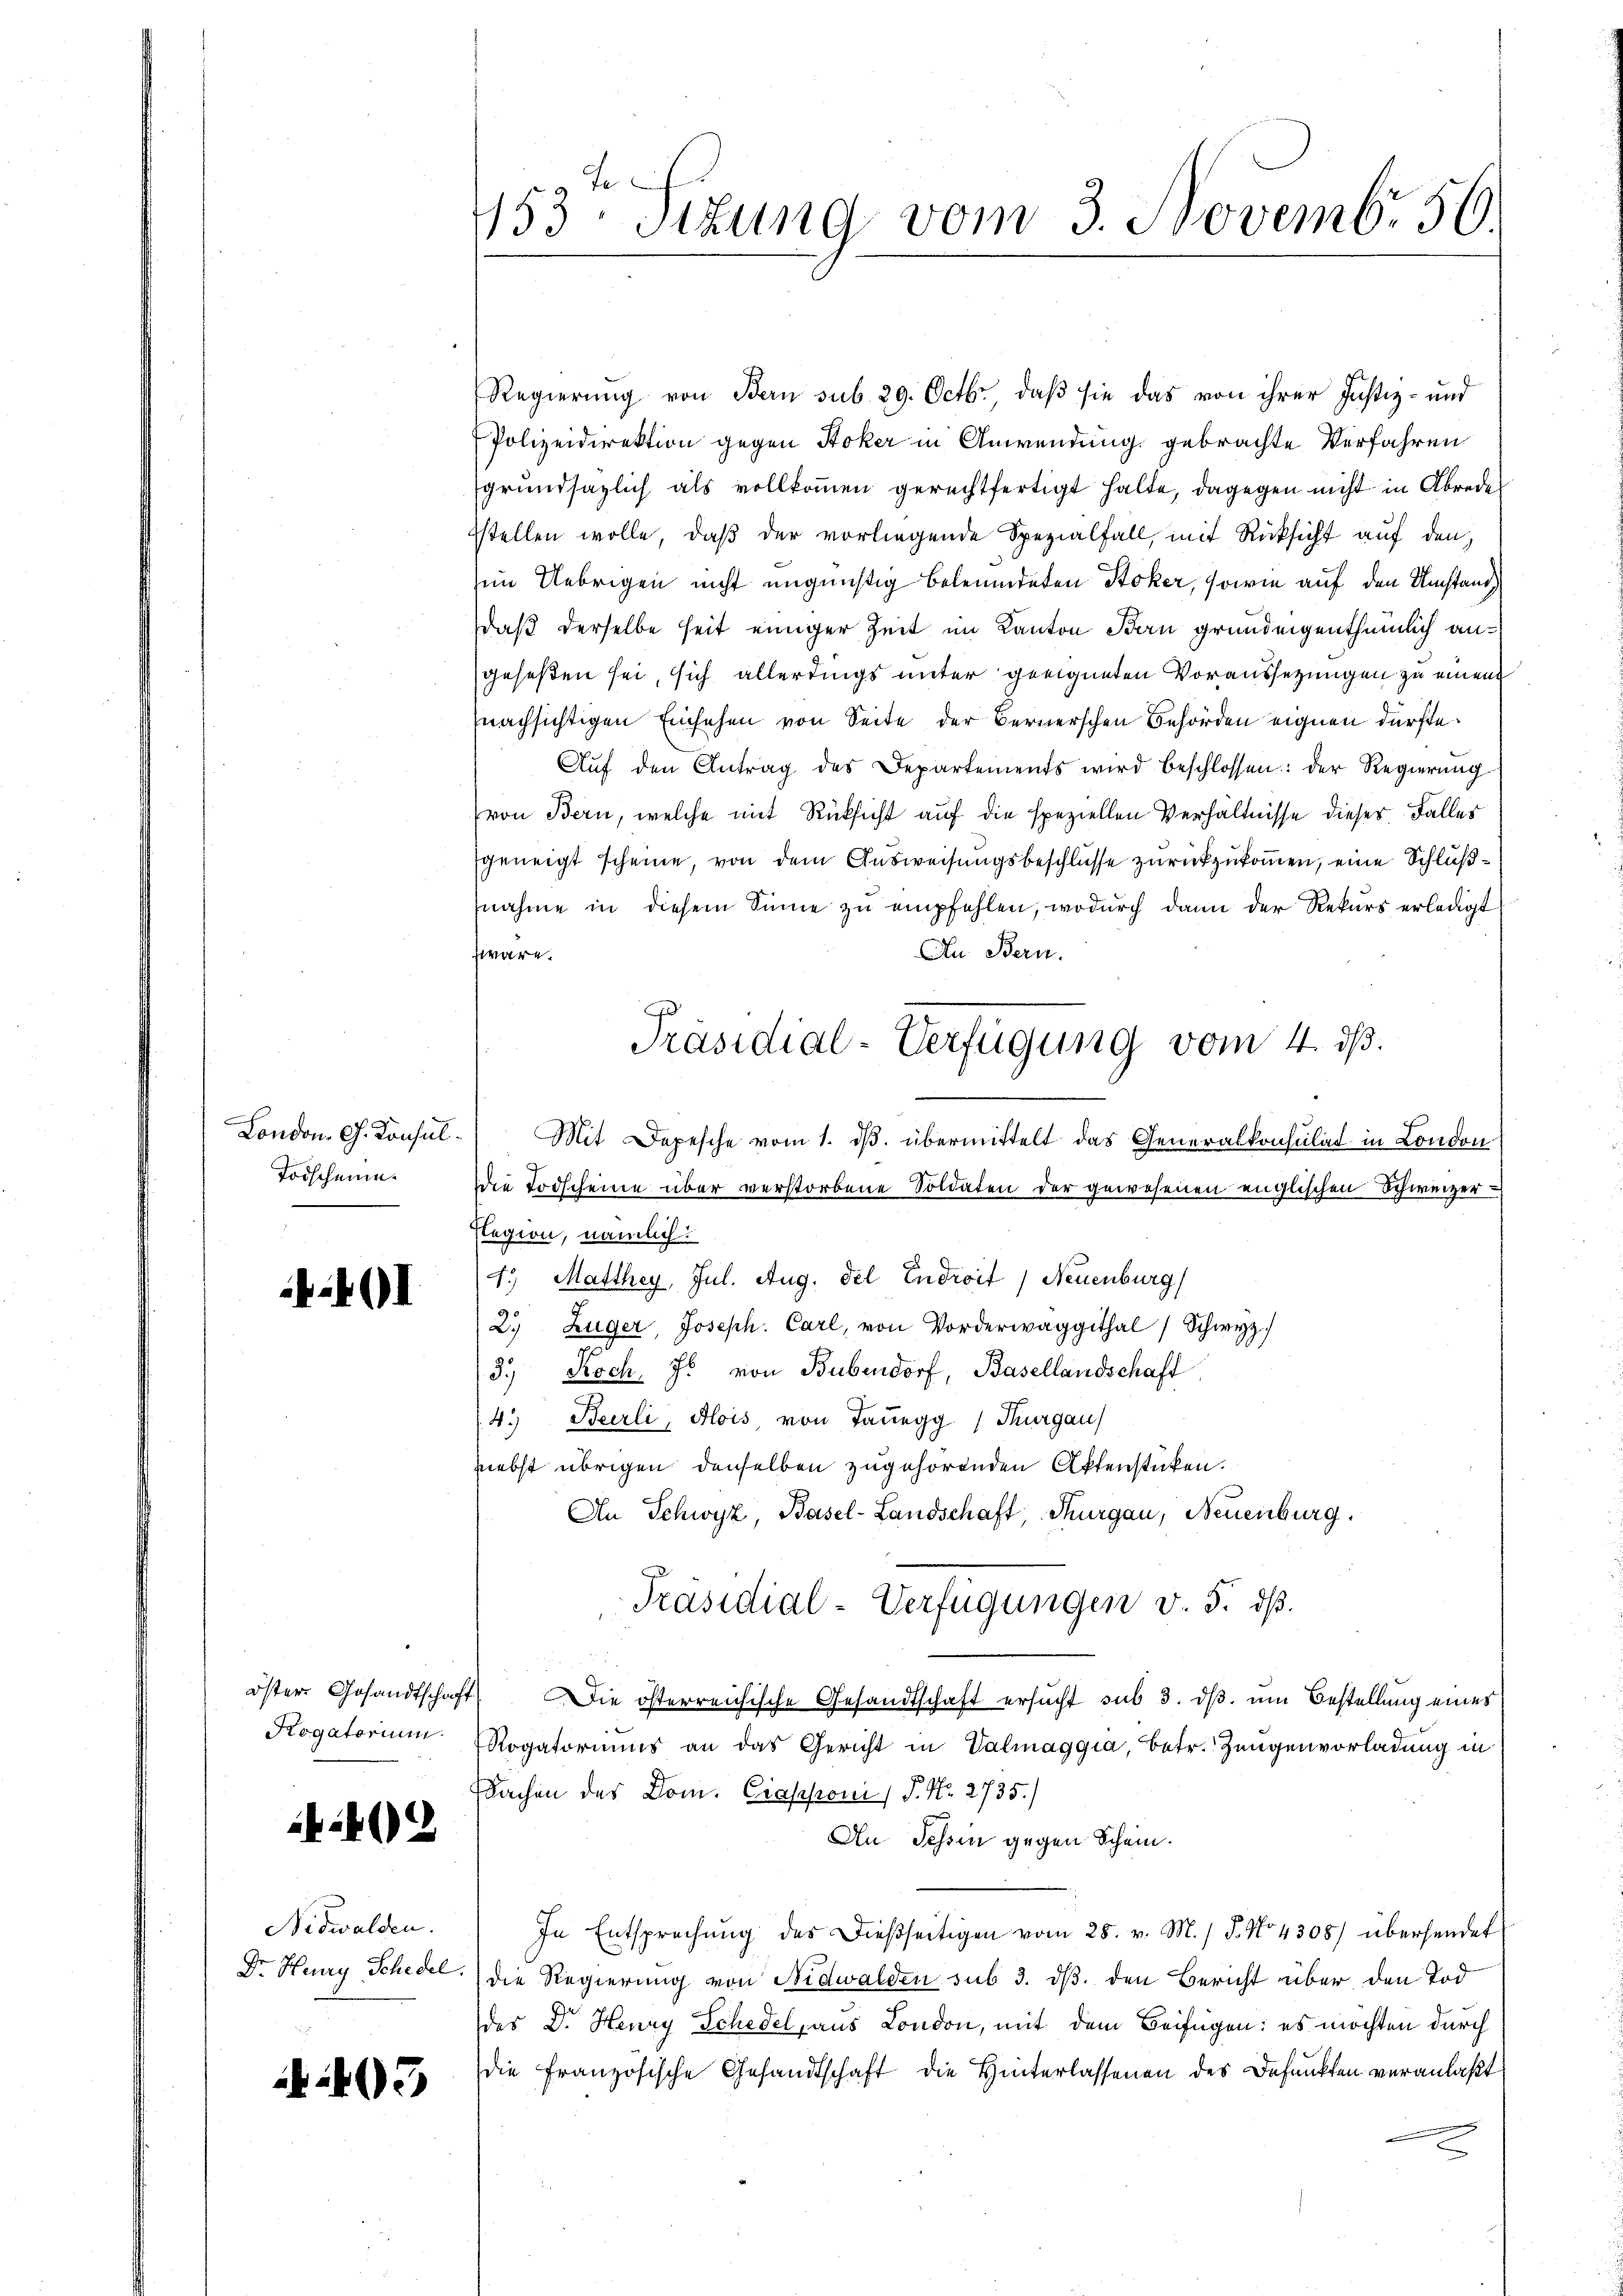
London. Ch. Konsul
Todschein¬

I

Rogatorium

2

Nidwalden.

05

153ten Sizung vom 3. Novemb. 56.

Regierung von Bern sub. 29. Octbr., daß sie das von ihrer Justiz- und
Polizeidirektion gegen Stoker in Anwendung gebrachte Verfahren
grundsazlich als vollkommen gerechtfertigt halte, dagegen nicht in Abrede
sstellen wolle, daβ der vorliegende Spezialfall, mit Rücksicht auf den
im Uebrigen nicht ungünstig beleumdeten Stoker, sowie auf den Umstand
daß derselbe heit einiger Zeit im Kanton Bau grundeigenthümlich angeseßen sei, sich allerdings unter geeigneten Voraussetzungen zu einen
nachsichtigen Einsehen von Seite der Bernerschen Behörden eignen dürfte.
Aŭf den Antrag des Departements wird beschlossen: der Regierŭng
(von Bern, welche mit Rücksicht auf die speziellen Verhältnisse dieser Falles
geneigt scheine, von dem Ausweisungsbeschlüsse zurückzukommen, eine Schlußnahme in diesem Sinne zu empfehlen, wodurch dann der Rekurs erledigt
wäre.
An Bern.
 Mit Depesche vom 1. ds. übermittelt das Generalkonsulat in London
die Todscheine über verstorbene Soldaten der gewesenen englischen Schweizer-
Elegion, nämlich:
4. Matthey, Jul. Aug. del Endroit / Neuenburg)
2. Zuger, Joseph. Carl, von Vorderwaggithal 1 Schwyz
3. Koch, Js. von Bubendorf, Basellandschaft
4.) Berli, Alois, von Tauegg (Thurgau)
niebst übrigen denselben zugehörenden Aktenstücken.
An Schwyz, Basel-Landschaft, Thurgau, Neuenburg.
Präsidial-Verfügungen v. 5. dβ.
öster Gesandtschaft Die österreichische Gesandtschaft ersucht sub 3. dβ, um Bestellung eines
Rogatoriums an das Gericht in Valmaggia, betr. Zeugenvorladung in
Sachen des Dom. Crapponi/ P. Nr. 2735.)
An Tessin gegen Schein.
In Entsprechung des dießseitigen vom 28. v. M. / 5. No 4308) übersendet
Dr. Henry Schedel, die Regierung von Nidwalden sub 3. ds. den Bericht über den Tod
des Dr. Henry Schedel, aus London, mit dem Beifügen: es möchten durch
die französische Gesandtschaft die Hinterlassenen des Befunkten veranlaßt

Präsidial-Verfügung vom 4. ds.